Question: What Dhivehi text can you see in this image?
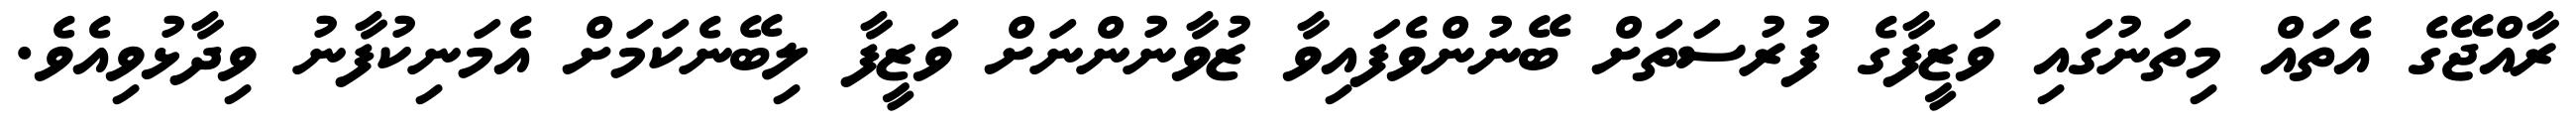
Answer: ރާއްޖޭގެ އެތައް މިތަނުގައި ވަޒީފާގެ ފުރުސަތަށް ބޭނުންވެފައިވާ ޒުވާނުންނަށް ވަޒީފާ ލިބޭނެކަމަށް އެމަނިކުފާނު ވިދާޅުވިއެވެ.